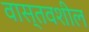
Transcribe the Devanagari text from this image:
वास्तवशील